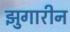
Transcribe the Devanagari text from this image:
झुगारीन